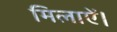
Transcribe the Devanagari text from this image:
मिलाऐं।